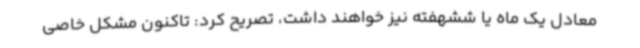
معادل یک ماه یا ششهفته نیز خواهند داشت، تصریح کرد: تاکنون مشکل خاصی